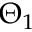
\Theta _ { 1 }